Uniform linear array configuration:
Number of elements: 16
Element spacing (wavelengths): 0.25
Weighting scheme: cosine
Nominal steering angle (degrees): -45
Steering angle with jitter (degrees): -46.053
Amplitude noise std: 0.05
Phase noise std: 0.05

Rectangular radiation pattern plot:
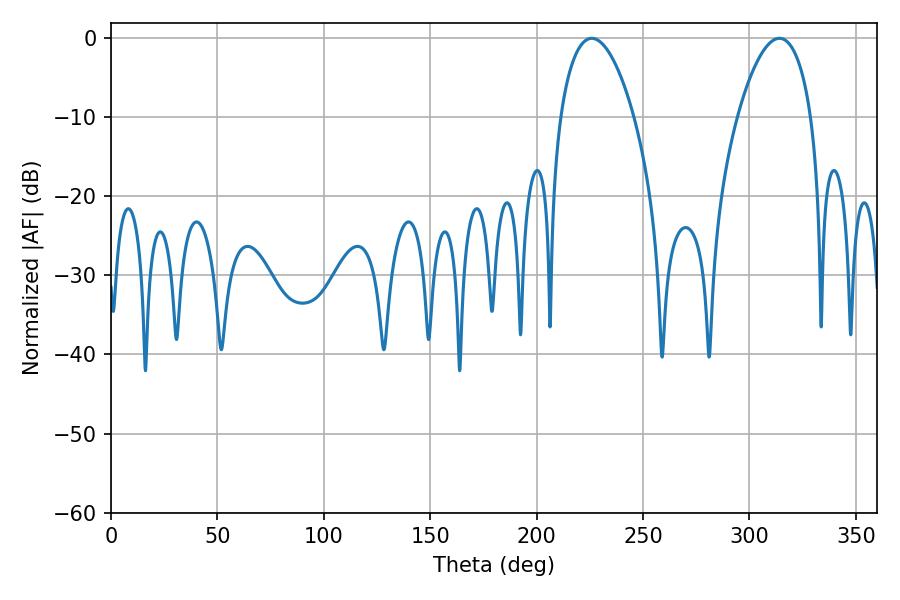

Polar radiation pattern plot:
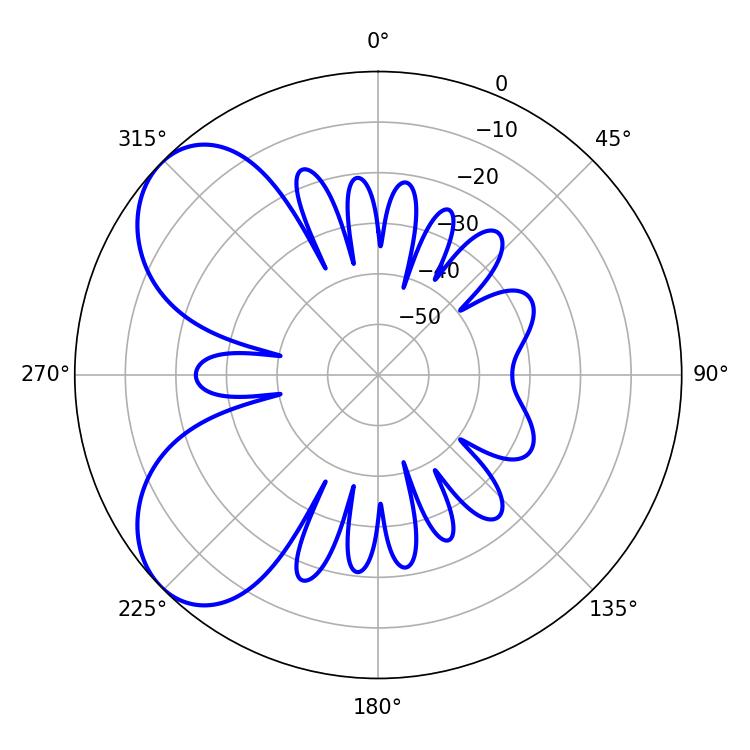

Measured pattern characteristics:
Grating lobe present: FALSE
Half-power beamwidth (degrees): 19.44
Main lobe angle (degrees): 225.9